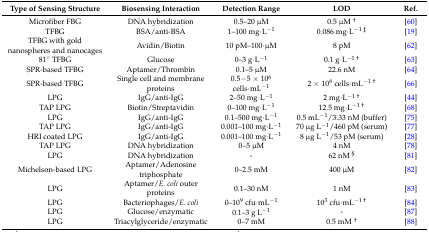
<table><thead><tr><td><b>Type of Sensing Structure</b></td><td><b>Biosensing Interaction</b></td><td><b>Detection Range</b></td><td><b>LOD</b></td><td><b>Ref.</b></td></tr></thead><tbody><tr><td>Microfiber FBG</td><td>DNA hybridization</td><td>0.5–20 μM</td><td>0.5 μM <sup>†</sup></td><td>[60]</td></tr><tr><td>TFBG</td><td>BSA/anti-BSA</td><td>1–100 mg·L<sup>−1</sup></td><td>0.086 mg·L<sup>−1 ‡</sup></td><td>[19]</td></tr><tr><td>TFBG with gold nanospheres and nanocages</td><td>Avidin/Biotin</td><td>10 pM–100·μM</td><td>8 pM</td><td>[62]</td></tr><tr><td>81° TFBG</td><td>Glucose</td><td>0–3 g·L<sup>−1</sup></td><td>0.1 g·L<sup>−1 †</sup></td><td>[63]</td></tr><tr><td>SPR-based TFBG</td><td>Aptamer/Thrombin</td><td>0.1–5 μM</td><td>22.6 nM</td><td>[64]</td></tr><tr><td>SPR-based TFBG</td><td>Single cell and membrane proteins</td><td>0.5−5 × 10<sup>6</sup> cells·mL<sup>−1</sup></td><td>2 × 10<sup>6</sup> cells·mL<sup>−1 †</sup></td><td>[66]</td></tr><tr><td>LPG</td><td>IgG/anti-IgG</td><td>2–50 mg·L<sup>−1</sup></td><td>2 mg·L<sup>−1 †</sup></td><td>[44]</td></tr><tr><td>TAP LPG</td><td>Biotin/Streptavidin</td><td>0–100 mg·L<sup>−1</sup></td><td>12.5 mg·L<sup>−1 †</sup></td><td>[68]</td></tr><tr><td>LPG</td><td>IgG/anti-IgG</td><td>0.1–500 mg·L<sup>−1</sup></td><td>0.5 mL<sup>−1</sup>/3.33 nM (buffer)</td><td>[75]</td></tr><tr><td>TAP LPG</td><td>IgG/anti-IgG</td><td>0.001–100 mg·L<sup>−1</sup></td><td>70 μg L<sup>−1</sup>/460 pM (serum)</td><td>[77]</td></tr><tr><td>HRI coated LPG</td><td>IgG/anti-IgG</td><td>0.001–100 mg·L<sup>−1</sup></td><td>8 μg L<sup>−1</sup>/53 pM (serum)</td><td>[28]</td></tr><tr><td>TAP LPG</td><td>DNA hybridization</td><td>0–5 μM</td><td>4 nM</td><td>[78]</td></tr><tr><td>LPG</td><td>DNA hybridization</td><td>-</td><td>62 nM <sup>§</sup></td><td>[81]</td></tr><tr><td>Michelson-based LPG</td><td>Aptamer/Adenosine triphosphate</td><td>0–2.5 mM</td><td>400 μM</td><td>[82]</td></tr><tr><td>LPG</td><td>Aptamer/<i>E. coli</i> outer proteins</td><td>0.1–30 nM</td><td>1 nM</td><td>[83]</td></tr><tr><td>LPG</td><td>Bacteriophages/<i>E. coli</i></td><td>0–10<sup>9</sup> cfu·mL<sup>−1</sup></td><td>10<sup>3</sup> cfu·mL<sup>−1 †</sup></td><td>[84]</td></tr><tr><td>LPG</td><td>Glucose/enzymatic</td><td>0.1–3 g L<sup>−1</sup></td><td>-</td><td>[87]</td></tr><tr><td>LPG</td><td>Triacylglyceride/enzymatic</td><td>0–7 mM</td><td>0.5 mM <sup>†</sup></td><td>[88]</td></tr></tbody></table>